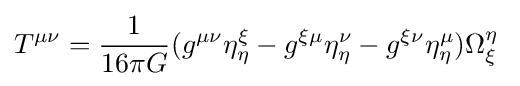
T^{\mu \nu }={1 \over 16\pi G}(g^{\mu \nu }\eta _{\eta }^{\xi }-g^{\xi \mu }\eta _{\eta }^{\nu }-g^{\xi \nu }\eta _{\eta }^{\mu })\Omega _{\xi }^{\eta }\;